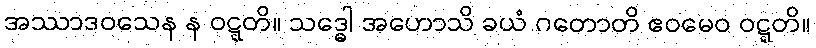
အဿာဒဝသေန န ဝဋ္ဋတိ။ သဒ္ဓေါ အဟောသိ ခယံ ဂတောတိ ဧဝမေဝ ဝဋ္ဋတိ။